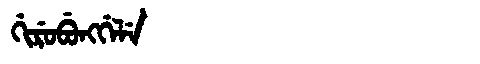
Manchu: ᡤᡳᡵᡠᠪᡠᠩᡤᡝᠯᡝ
Romanization: GIRUBUNGGELE